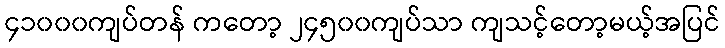
၄၁၀၀၀ကျပ်တန် ကတော့ ၂၄၅၀၀ကျပ်သာ ကျသင့်တော့မယ့်အပြင်